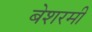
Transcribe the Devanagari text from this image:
बेशरमी